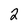
Character: 2